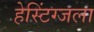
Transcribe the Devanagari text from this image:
हेस्टिंग्जला